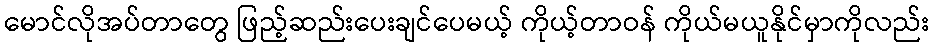
မောင်လိုအပ်တာတွေ ဖြည့်ဆည်းပေးချင်ပေမယ့် ကိုယ့်တာဝန် ကိုယ်မယူနိုင်မှာကိုလည်း